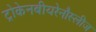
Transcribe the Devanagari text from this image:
ट्रोकेनबीयरेनौस्लीज